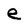
Character: e